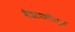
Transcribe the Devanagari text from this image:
मैत्रायणीपुत्र